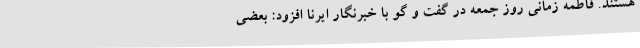
هستند. فاطمه زمانی روز جمعه در گفت و گو با خبرنگار ایرنا افزود: بعضی